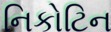
નિકોટિન